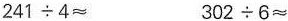
$$241\div 4\approx$$ $$302\div 6\approx$$